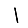
Digit: 1